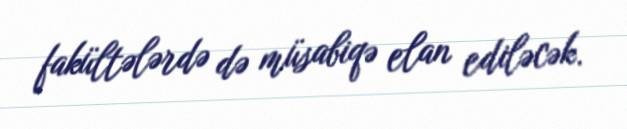
fakültələrdə də müsabiqə elan ediləcək.